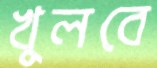
খুলবে